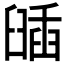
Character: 𦦈